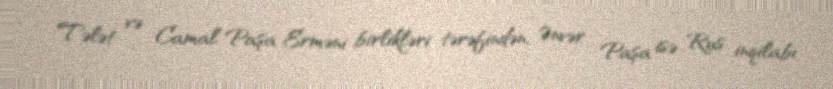
Tələt və Camal Paşa Erməni birlikləri tərəfindən, Ənvər Paşa isə Rus inqilabı